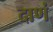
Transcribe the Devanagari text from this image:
दाणं